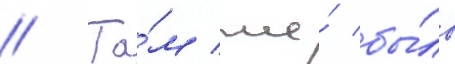
// Та́м же́ бы́ло